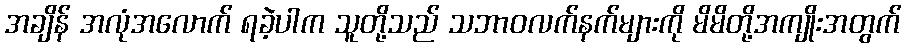
အချိန် အလုံအလောက် ရခဲ့ပါက သူတို့သည် သဘာဝလက်နက်များကို မိမိတို့အကျိုးအတွက်